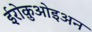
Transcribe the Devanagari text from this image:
ईरोक़ुओइअन